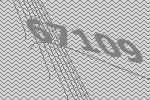
67109